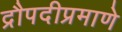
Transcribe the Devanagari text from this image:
द्रौपदीप्रमाणे